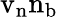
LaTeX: {\mathrm{v}}_{\mathrm{n}}{\mathrm{n}}_{\mathrm{b}}